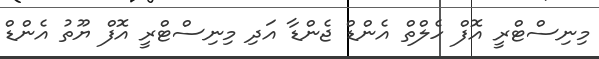
މިނިސްޓްރީ އޮފް ހެލްތް އެންޑް ޖެންޑާ އަދި މިނިސްޓްރީ އޮފް ޔޫތު އެންޑް